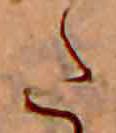
た